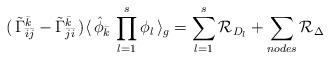
LaTeX: \begin{align*}(\, {\tilde \Gamma}_{{\bar i} {\bar j}}^{\bar k} -{\tilde \Gamma}_{{\bar j} {\bar i}}^{\bar k} \, ) \langle \,{\hat \phi}_{\bar k} \,\prod_{l=1}^{s} \phi_l \, \rangle_{g} = \sum_{l=1}^{s}{\cal R}_{D_{l}} + \sum_{nodes} {\cal R}_{\Delta} \\\end{align*}